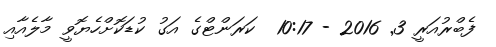
ފެބްރުއަރީ 3